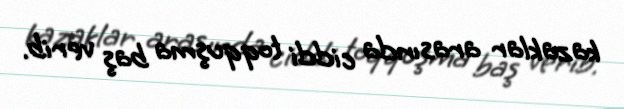
kazaklar arasında ciddi toqquşma baş verib.